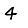
Digit: 4